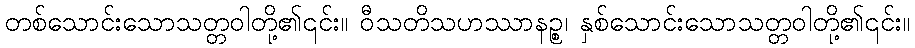
တစ်သောင်းသောသတ္တဝါတို့၏၎င်း။ ဝီသတိသဟဿာနဉ္စ၊ နှစ်သောင်းသောသတ္တဝါတို့၏၎င်း။